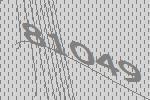
81049